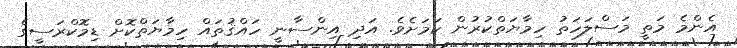
އެންމެ މަތީ މަސްލަހަތު ހިމާޔަތްކުރުން ކަމަށެވެ. އަދި އިންސާނީ ހައްޤުތައް ހިމާޔަތްކޮށް ޑިމޮކްރަސީގެ